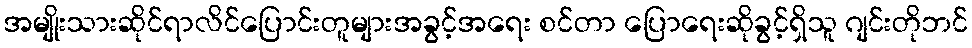
အမျိုးသားဆိုင်ရာလိင်ပြောင်းတူများအခွင့်အရေး စင်တာ ပြောရေးဆိုခွင့်ရှိသူ ဂျင်းတိုဘင်